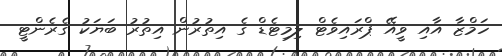
ހަމްޒާ އާއި ވީއޭ ޕްރައިވެޓް ލިމިޓެޑް ގެ އިތުރުން އިތުރު ބަޔަކު ގެރެންޓީ